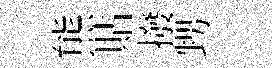
熊貼撥甥